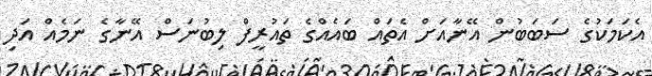
އެކަމަކުގެ ސަބަބުން އޭނާއަށް އެތައް ބައެއްގެ ތައުރީފް ލިބުނަސް އޭނާގެ ނަމެއް އަދި